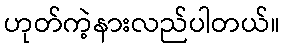
ဟုတ်ကဲ့နားလည်ပါတယ်။